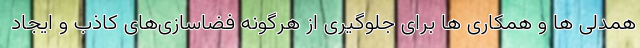
همدلی ها و همکاری ها برای جلوگیری از هرگونه فضاسازی‌های کاذب و ایجاد